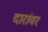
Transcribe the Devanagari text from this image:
दारांवर